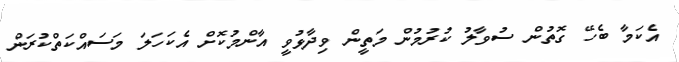
އެކަމާ ބެހޭ ގޮތުން ސުވާލު ކުރުމުން މަތީން ވިދާޅުވީ އާންމުކޮށް އެކަހަލަ މަސައްކަތްކުރަން